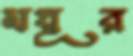
ময়ূর